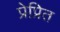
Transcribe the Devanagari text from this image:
प्रेप्रित